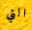
التي